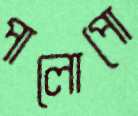
পালোপো